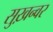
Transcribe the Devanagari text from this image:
सुख़न्वर